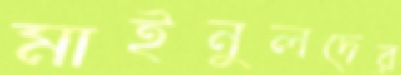
মাইনুলদের